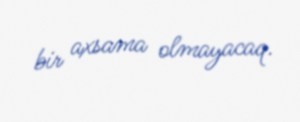
bir axsama olmayacaq.